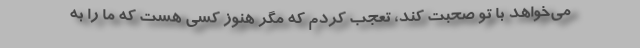
می‌خواهد با تو صحبت کند، تعجب کردم که مگر هنوز کسی هست که ما را به